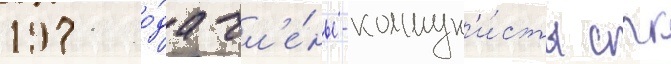
1971 го́да чл'е́ны-коммун'и́сты срк